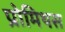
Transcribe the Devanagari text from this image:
प्रोमिथस